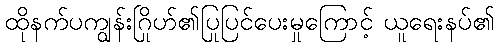
ထိုနက်ပကျွန်းဂြိုဟ်၏ပြုပြင်ပေးမှုကြောင့် ယူရေးနပ်၏